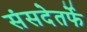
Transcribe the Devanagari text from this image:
संसदेतर्फे